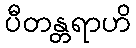
ပီတန္တရာဟိ